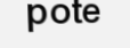
pote